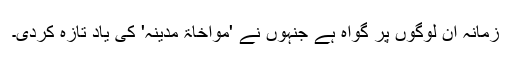
زمانہ ان لوگوں پر گواہ ہے جنہوں نے 'مواخاۃَ مدینہ' کی یاد تازہ کردی۔